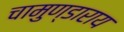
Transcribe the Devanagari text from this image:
चामुण्डाराय